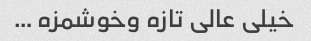
خیلی عالی تازه وخوشمزه …